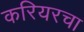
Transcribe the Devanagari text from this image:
करियरचा